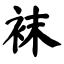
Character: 袜